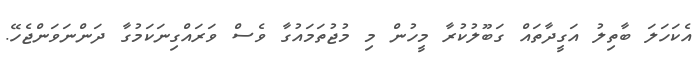
އެކަހަލަ ބާތިލު އަގީދާތައް ގަބޫލުކުރާ މީހުން މި މުޖުތަމައުގާ ވެސް ވަރައްގިނަކަމުގާ ދަންނަވަންޖެހޭ.